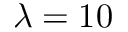
\lambda = 1 0